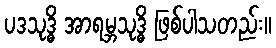
ပဒသုဒ္ဓိ အာရမ္ဘသုဒ္ဓိ ဖြစ်ပါသတည်း။